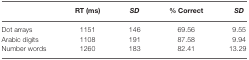
|  | RT (ms) | SD | % Correct | SD |
 | --- | --- | --- | --- | --- |
 | Dot arrays | 1151 | 146 | 69.56 | 9.55 |
 | Arabic digits | 1108 | 191 | 87.58 | 9.94 |
 | Number words | 1260 | 183 | 82.41 | 13.29 |